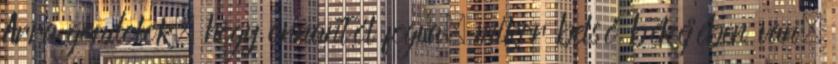
Arra gondolok, hogy onnantól fogva, mikor belső békéjében van,